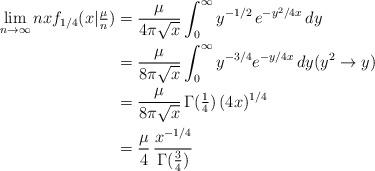
LaTeX: \begin{align*} \lim_{n\to\infty} n x f_{1/4}(x|\tfrac{\mu}{n}) &= \frac{\mu}{4\pi\sqrt{x}} \int_0^\infty y^{-1/2}\, e^{-y^2/4x} \, dy \\ &= \frac{\mu}{8\pi\sqrt{x}} \int_0^\infty y^{-3/4} e^{-y/4x} \, dy (y^2\to y) \\ &= \frac{\mu}{8\pi\sqrt{x}}\, \Gamma(\tfrac{1}{4}) \,(4x)^{1/4} \\ &= \frac{\mu}{4}\, \frac{x^{-1/4}}{\Gamma(\frac{3}{4})} \end{align*}